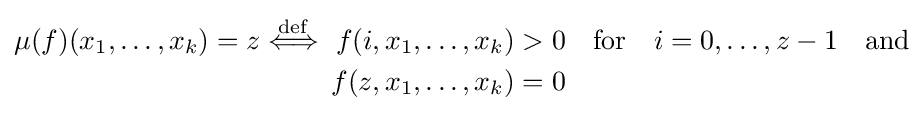
{\begin{aligned}\mu (f)(x_{1},\ldots ,x_{k})=z{\stackrel {\mathrm {def} }{\iff }}\ f(i,x_{1},\ldots ,x_{k})&>0\quad {\text{for}}\quad i=0,\ldots ,z-1\quad {\text{and}}\\f(z,x_{1},\ldots ,x_{k})&=0\quad \end{aligned}}